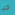
حبا